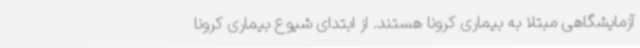
آزمایشگاهی مبتلا به بیماری کرونا هستند. از ابتدای شیوع بیماری کرونا